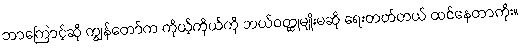
ဘာကြောင့်ဆို ကျွန်တော်က ကိုယ့်ကိုယ်ကို ဘယ်ဝတ္ထုမျိုးမဆို ရေးတတ်တယ် ထင်နေတာကိုး။